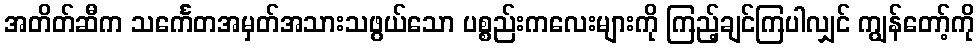
အတိတ်ဆီက သင်္ကေတအမှတ်အသားသဖွယ်သော ပစ္စည်းကလေးများကို ကြည့်ချင်ကြပါလျှင် ကျွန်တော့်ကို